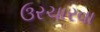
ઉરચારવા